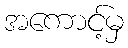
အကောင့်မှ